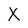
Character: X